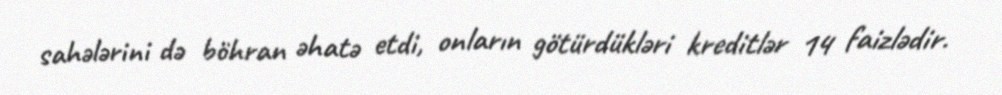
sahələrini də böhran əhatə etdi, onların götürdükləri kreditlər 14 faizlədir.